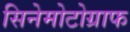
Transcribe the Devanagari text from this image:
सिनेमोटोग्राफ